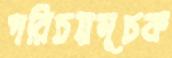
পরিচয়সূচক